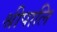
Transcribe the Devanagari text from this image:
श्रीपालि